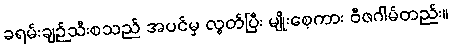
ခရမ်းချဉ်သီးစသည် အပင်မှ လွတ်ပြီး မျိုးစေ့ကား ဗီဇဂါမ်တည်း။